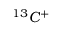
^ { 1 3 } C ^ { + }